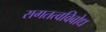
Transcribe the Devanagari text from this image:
रागतत्वविबोध